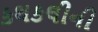
કથકલીની